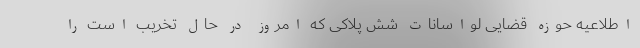
اطلاعیه حوزه قضایی لواسانات شش پلاکی که امروز در حال تخریب است را